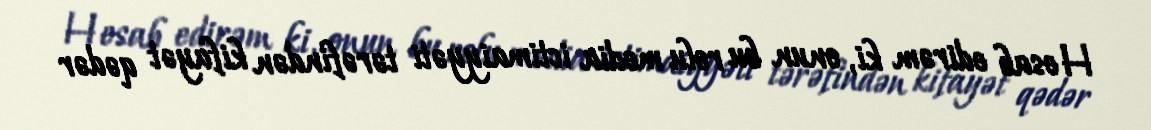
Hesab edirəm ki, onun bu rolu media ictimaiyyəti tərəfindən kifayət qədər